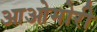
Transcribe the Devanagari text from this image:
आओमोरी